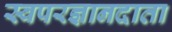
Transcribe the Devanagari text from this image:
स्वपरज्ञानदाता